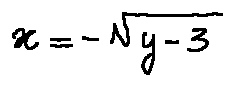
x = - \sqrt { y - 3 }